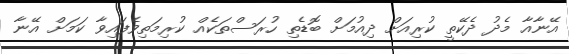
އޭނާއާ މެދު ދެކޭތީ ކުރިއަށް ދިއުމަށް ބޮޑެތި ހުރަސްތަކެއް ކުރިމަތިވެފައިވާ ކަމަށް އޭނާ